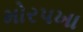
મોરપખા